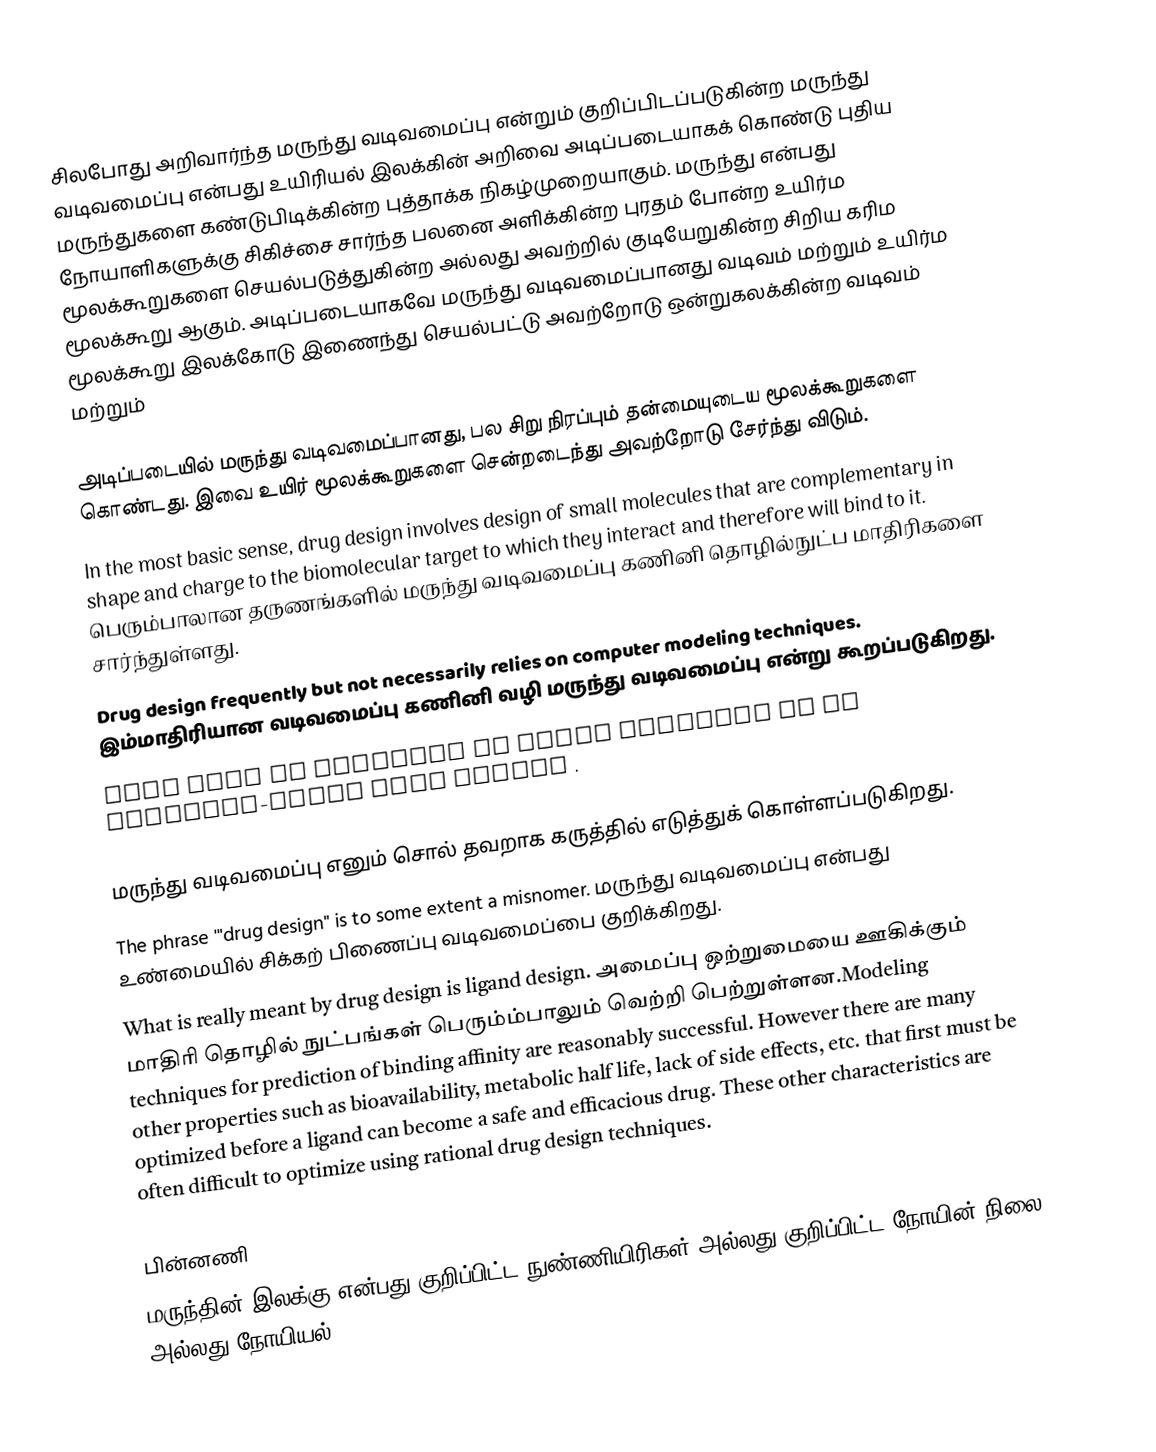
சிலபோது அறிவார்ந்த மருந்து வடிவமைப்பு  என்றும் குறிப்பிடப்படுகின்ற மருந்து வடிவமைப்பு  என்பது உயிரியல் இலக்கின் அறிவை அடிப்படையாகக் கொண்டு புதிய மருந்துகளை கண்டுபிடிக்கின்ற புத்தாக்க நிகழ்முறையாகும். மருந்து என்பது நோயாளிகளுக்கு சிகிச்சை சார்ந்த பலனை அளிக்கின்ற புரதம் போன்ற உயிர்ம மூலக்கூறுகளை செயல்படுத்துகின்ற அல்லது அவற்றில் குடியேறுகின்ற சிறிய கரிம மூலக்கூறு ஆகும். அடிப்படையாகவே மருந்து வடிவமைப்பானது வடிவம் மற்றும் உயிர்ம மூலக்கூறு இலக்கோடு இணைந்து செயல்பட்டு அவற்றோடு ஒன்றுகலக்கின்ற வடிவம் மற்றும்

அடிப்படையில் மருந்து வடிவமைப்பானது, பல சிறு நிரப்பும் தன்மையுடைய மூலக்கூறுகளை கொண்டது. இவை உயிர் மூலக்கூறுகளை சென்றடைந்து அவற்றோடு சேர்ந்து விடும்.
In the most basic sense, drug design involves design of small molecules that are complementary in shape and charge to the biomolecular target to which they interact and therefore will bind to it. பெரும்பாலான தருணங்களில் மருந்து வடிவமைப்பு கணினி தொழில்நுட்ப மாதிரிகளை சார்ந்துள்ளது.
Drug design frequently but not necessarily relies on computer modeling techniques. இம்மாதிரியான வடிவமைப்பு கணினி வழி மருந்து வடிவமைப்பு என்று கூறப்படுகிறது.
This type of modeling is often referred to as computer-aided drug design .

மருந்து வடிவமைப்பு எனும் சொல் தவறாக கருத்தில் எடுத்துக் கொள்ளப்படுகிறது.
The phrase '"drug design" is to some extent a misnomer. மருந்து வடிவமைப்பு என்பது உண்மையில் சிக்கற் பிணைப்பு வடிவமைப்பை குறிக்கிறது.
What is really meant by drug design is ligand design. அமைப்பு ஒற்றுமையை ஊகிக்கும் மாதிரி தொழில் நுட்பங்கள் பெரும்ம்பாலும் வெற்றி பெற்றுள்ளன.Modeling techniques for prediction of binding affinity are reasonably successful. However there are many other properties such as bioavailability, metabolic half life, lack of side effects, etc. that first must be optimized before a ligand can become a safe and efficacious drug. These other characteristics are often difficult to optimize using rational drug design techniques.

பின்னணி
மருந்தின் இலக்கு என்பது குறிப்பிட்ட நுண்ணியிரிகள் அல்லது  குறிப்பிட்ட நோயின் நிலை அல்லது நோயியல்